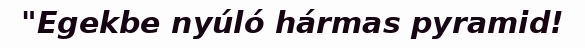
"Egekbe nyúló hármas pyramid!